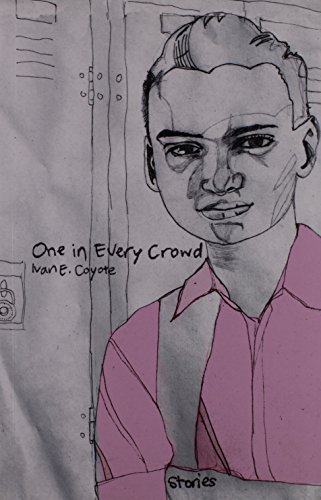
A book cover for One in Every Crowd; Ivan E. Coyote; Teen & Young Adult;